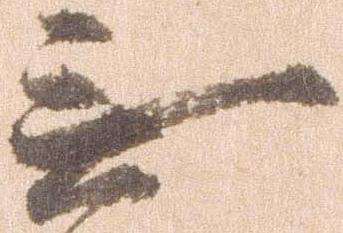
無